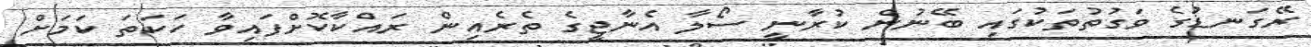
ރޭގަނޑުގެ ވަގުތުތަކުގައި ބޭނުން ކުރާނީ ސޯލާ އެނާޖީގެ ތެރެއިން ރައްކާކޮށްފައިވާ ހަކަތަ ކަމަށް